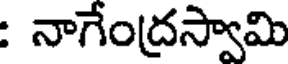
: నాగేంద్రస్వామి